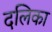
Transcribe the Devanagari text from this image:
दलिका